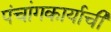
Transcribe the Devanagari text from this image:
पंचांगकार्याची